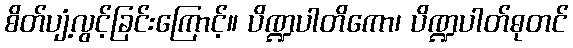
စိတ်ပျံ့လွင့်ခြင်းကြောင့်။ ပိဏ္ဍပါတိကော၊ ပိဏ္ဍပါတ်ဓုတင်